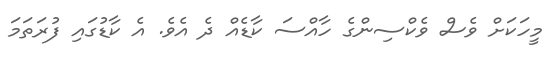
މީހަކަށް ވެސް ވެކްސިންގެ ހާއްސަ ކާޑެއް ދެ އެވެ. އެ ކާޑުގައި ފުރަތަމަ